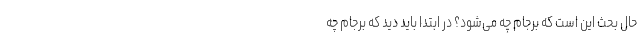
حال بحث این است که برجام چه می‌شود؟ در ابتدا باید دید که برجام چه